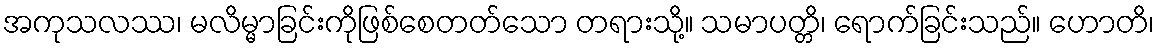
အကုသလဿ၊ မလိမ္မာခြင်းကိုဖြစ်စေတတ်သော တရားသို့။ သမာပတ္တိ၊ ရောက်ခြင်းသည်။ ဟောတိ၊